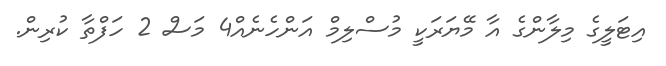
އިޓަލީގެ މިލާންގެ އާ މޭޔަރަކީ މުސްލިމް އަންހެނެއް4 މަސް 2 ހަފްތާ ކުރިން.